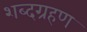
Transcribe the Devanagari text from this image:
शब्दग्रहण